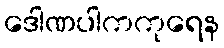
ဒေါဏပါကကုရေန